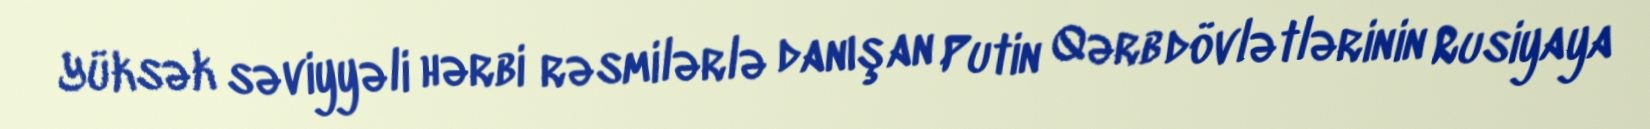
Yüksək səviyyəli hərbi rəsmilərlə danışan Putin Qərb dövlətlərinin Rusiyaya